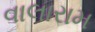
વાલારામ